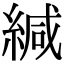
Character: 緘